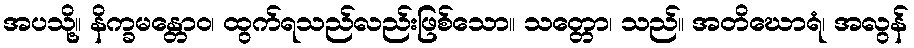
အပသို့။ နိက္ခမန္တောဝ၊ ထွက်ရသည်လည်းဖြစ်သော။ သတ္တော၊ သည်။ အတိဃောရံ၊ အလွန်